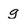
Character: g